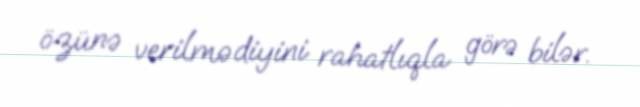
özünə verilmədiyini rahatlıqla görə bilər.